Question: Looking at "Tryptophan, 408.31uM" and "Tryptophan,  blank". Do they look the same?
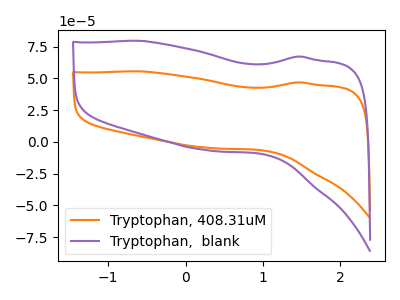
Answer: <think>The orange curve "Tryptophan, 408.31uM" has no peaks. The purple curve "Tryptophan,  blank" has no peaks.
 Neither "Tryptophan, 408.31uM" or "Tryptophan,  blank" have any peaks.</think>
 <answer>"Tryptophan, 408.31uM" and "Tryptophan,  blank" are similar in shape.</answer>
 <eval>same_shape</eval>